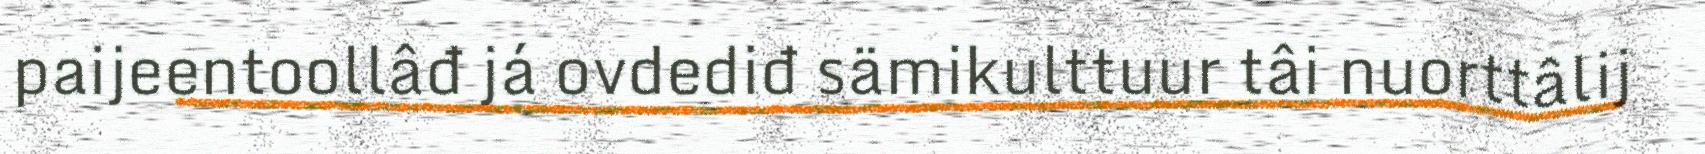
paijeentoollâđ já ovdediđ sämikulttuur tâi nuorttâlij